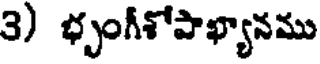
3) భృంగీశోపాఖ్యానము